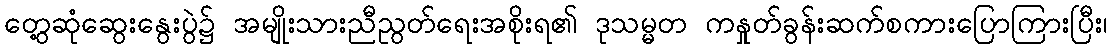
တွေ့ဆုံဆွေးနွေးပွဲ၌ အမျိုးသားညီညွတ်ရေးအစိုးရ၏ ဒုသမ္မတ ကနှုတ်ခွန်းဆက်စကားပြောကြားပြီး၊